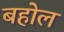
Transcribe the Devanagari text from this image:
बहोल